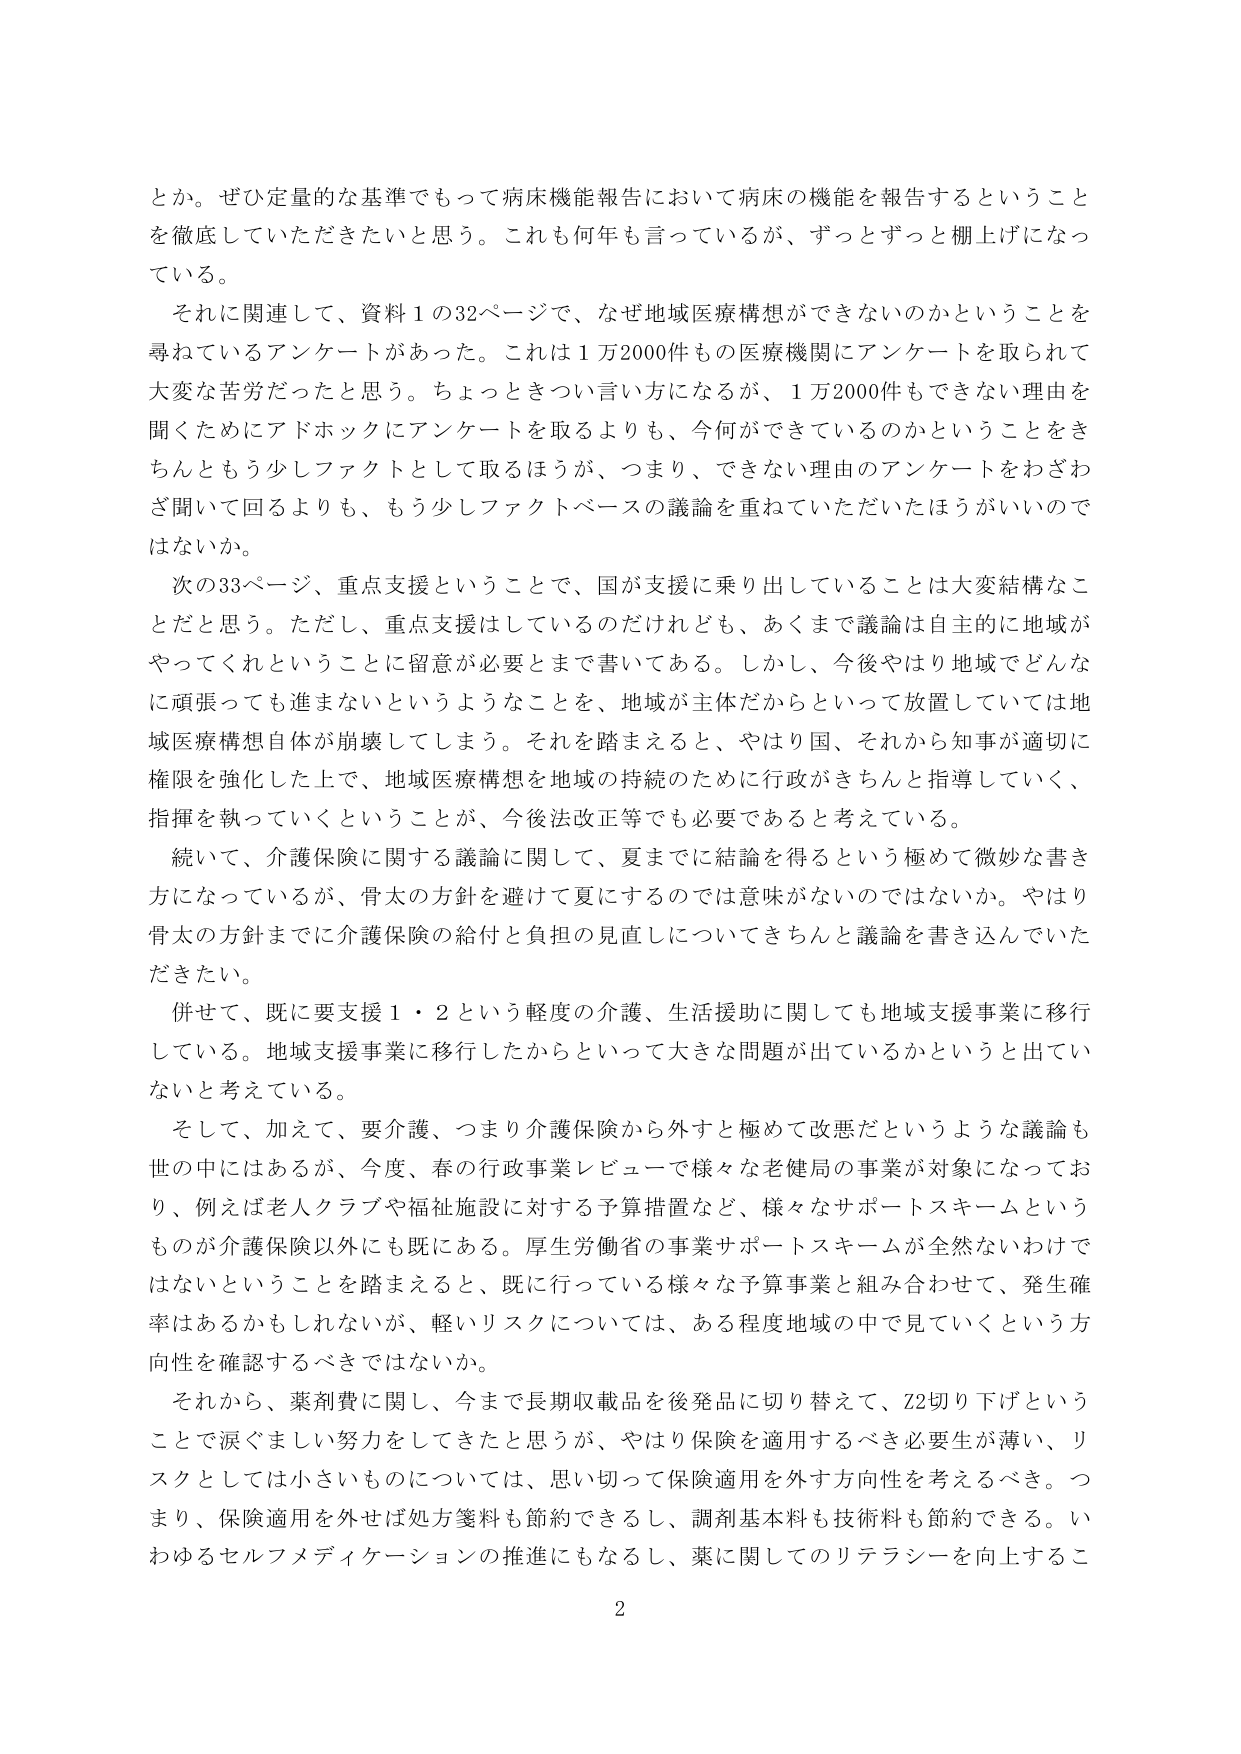
とか。ぜひ定量的な基準でもって病床機能報告において病床の機能を報告するということを徹底していただきたいと思う。これも何年も言っているが、ずっとずっと棚上げになっている。

それに関連して、資料１の32ページで、なぜ地域医療構想ができないのかということを尋ねているアンケートがあった。これは１万2000件もの医療機関にアンケートを取られて大変な苦労だったと思う。ちょっときつい言い方になるが、１万2000件もできない理由を聞くためにアドホックにアンケートを取るよりも、今何ができているのかということをきちんともう少しファクトとして取るほうが、つまり、できない理由のアンケートをわざわざ聞いて回るよりも、もう少しファクトベースの議論を重ねていただいたほうがいいのではないか。

次の33ページ、重点支援ということで、国が支援に乗り出していることは大変結構なことだと思う。ただし、重点支援はしているのだけれども、あくまで議論は自主的に地域がやってくれということに留意が必要とまで書いてある。しかし、今後やはり地域でどんなに頑張っても進まないというようなことを、地域が主体だからといって放置していては地域医療構想自体が崩壊してしまう。それを踏まえると、やはり国、それから知事が適切に権限を強化した上で、地域医療構想を地域の持続のために行政がきちんと指導していく、指揮を執っていくということが、今後法改正等でも必要であると考えている。

続いて、介護保険に関する議論に関して、夏までに結論を得るという極めて微妙な書き方になっているが、骨太の方針を避けて夏にするのでは意味がないのではないか。やはり骨太の方針までに介護保険の給付と負担の見直しについてきちんと議論を書き込んでいただきたい。

併せて、既に要支援１・２という軽度の介護、生活援助に関しても地域支援事業に移行している。地域支援事業に移行したからといって大きな問題が出ているかというと出ていないと考えている。

そして、加えて、要介護、つまり介護保険から外すと極めて改悪だというような議論も世の中にはあるが、今度、春の行政事業レビューで様々な老健局の事業が対象になっており、例えば老人クラブや福祉施設に対する予算措置など、様々なサポートスキームというものが介護保険以外にも既にある。厚生労働省の事業サポートスキームが全然ないわけではないということを踏まえると、既に行っている様々な予算事業と組み合わせて、発生確率はあるかもしれないが、軽いリスクについては、ある程度地域の中で見ていくという方向性を確認するべきではないか。

それから、薬剤費に関し、今まで長期収載品を後発品に切り替えて、Z2切り下げということで涙ぐましい努力をしてきたと思うが、やはり保険を適用するべき必要性が薄い、リスクとしては小さいものについては、思い切って保険適用を外す方向性を考えるべき。つまり、保険適用を外せば処方箋料も節約できるし、調剤基本料も技術料も節約できる。いわゆるセルフメディケーションの推進にもなるし、薬に関してのリテラシーを向上するこ

2